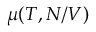
\mu ( T , N / V )